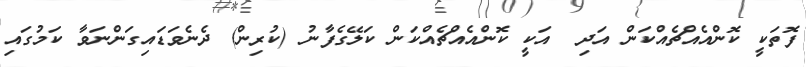
ފޮތަކީ ކޮންއެއްޗެއްކަން އަދި  އަކީ ކޮންއެއްޗެއްކަން ކަލޭގެފާނު (ކުރިން) ދެނެވަޑައިގަންނަވާ ކަމުގައި